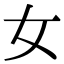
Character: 女